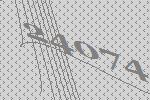
24074